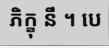
ភិក្ខុ នឹ ។ បេ